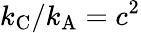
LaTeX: k_{\mathrm{{C}}}/k_{\mathrm{{A}}}=c^{2}